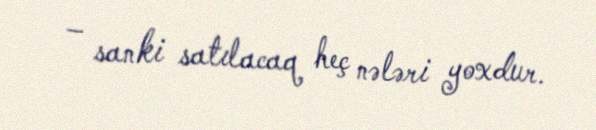
– sanki satılacaq heç nələri yoxdur.